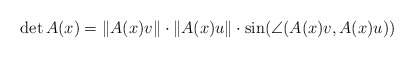
\begin{align*}\det A(x)=\|A(x)v\|\cdot \|A(x)u\|\cdot \sin(\angle(A(x)v,A(x)u))\end{align*}